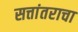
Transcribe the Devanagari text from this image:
सत्तांतराचा